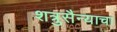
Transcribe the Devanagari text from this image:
शत्रुसैन्याचा